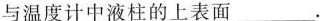
与温度计中液柱的上表面___.